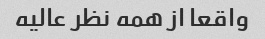
واقعا از همه نظر عالیه